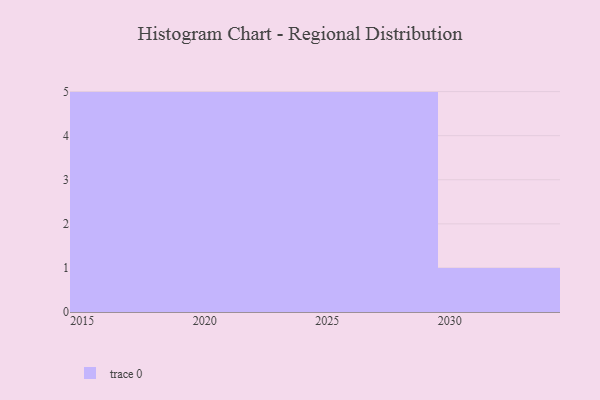
{"axis": {"x": "Year", "y": "Active Users"}, "legend": [""], "data": [{"x": "2019", "y": 54, "type": ""}, {"x": "2030", "y": 100, "type": ""}, {"x": "2015", "y": 86, "type": ""}, {"x": "2020", "y": 75, "type": ""}, {"x": "2016", "y": 39, "type": ""}, {"x": "2025", "y": 92, "type": ""}, {"x": "2021", "y": 59, "type": ""}, {"x": "2023", "y": 64, "type": ""}, {"x": "2022", "y": 99, "type": ""}, {"x": "2029", "y": 70, "type": ""}, {"x": "2018", "y": 39, "type": ""}, {"x": "2017", "y": 11, "type": ""}, {"x": "2026", "y": 69, "type": ""}, {"x": "2024", "y": 49, "type": ""}, {"x": "2027", "y": 35, "type": ""}, {"x": "2028", "y": 38, "type": ""}]}